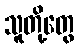
သူတို့တွေ